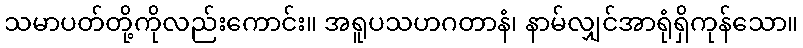
သမာပတ်တို့ကိုလည်းကောင်း။ အရူပသဟဂတာနံ၊ နာမ်လျှင်အာရုံရှိကုန်သော။